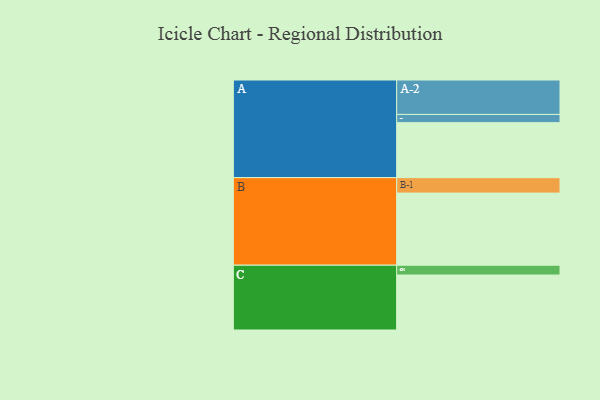
{"axis": {"x": "Segment", "y": "Value"}, "legend": ["", "A", "B", "C"], "data": [{"x": "A", "y": 420, "type": ""}, {"x": "B", "y": 551, "type": ""}, {"x": "C", "y": 420, "type": ""}, {"x": "A-1", "y": 63, "type": "A"}, {"x": "A-2", "y": 263, "type": "A"}, {"x": "B-1", "y": 118, "type": "B"}, {"x": "C-1", "y": 75, "type": "C"}]}